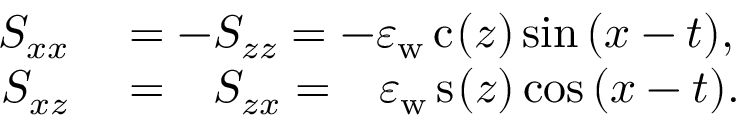
\begin{array} { r l } { S _ { x x } } & { { } = - S _ { z z } = - \varepsilon _ { \mathrm { w } } \, \mathrm { c } _ { } ( z ) \sin { ( x - t ) } , } \\ { S _ { x z } } & { { } = \phantom { - } S _ { z x } = \phantom { - } \varepsilon _ { \mathrm { w } } \, \mathrm { s } _ { } ( z ) \cos { ( x - t ) } . } \end{array}